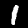
Digit: 1